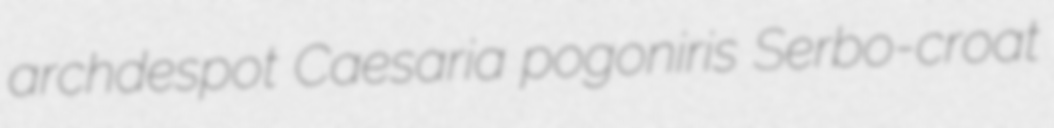
archdespot Caesaria pogoniris Serbo-croat